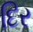
દિર